Report on the administration of the Government Cinchona Department 1892-98
Year: 1892
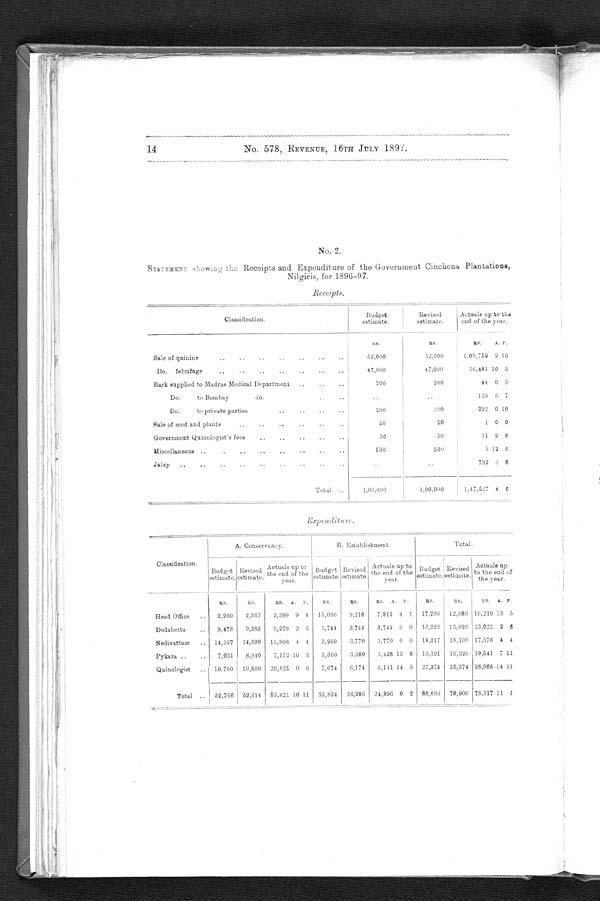
1 4 . N o . 5 7 8
, R E V E N U E , 1 6 T H J U L Y 1 8 9 7.
No. 2.
STATEMENT Showing the Receipts and Expenditure of the Government Cinchona Plantations,
Nilgiris, for 1896-97.
Receipts.
Classification.
Budget
estimate.
Revised
estimate.
Actuals up to the
end of the year.
RB.
RS.
Rs.
A. Y.
Sale of quinine..
..
..
..
52,000 52,000
1,09,759 9 10
Do. febrifuge .
.
.
..
..
..
47,000
47,000
36,481 10 5
Bark supplied to Madras Medical Department
..
..
..
200
200
41 0 0
Do. to Bombay
do.
..
..
..
..
139 5 7
Do. to private parties
..
..
..
..
200
200
292 0 10
Sale of seed and plants.. ..
..
..
50
50
1 0 0
Government Quinologist ' s fees
..
.
..
..
50
50
11 9 8
Miscellaneous ..
..
..
..
..
..
..
..
500
500
5 12 6
Jalap
..
..
..
.. ..
..
..
..
..
..
..
792 3 8
Total ..
1,00,000
1,00.000
1,47,527 4 6
E x p e n d i t u r e .
A. Conservancy.
B. Establishment.
Total.
Classification.
Budget
estimate.
Revised
estimate.
Actuals up to
the end of the
year.
Budget
estimate.
Revised
estimate.
Actuals up to
the end of the
year.
Budget
estimate.
Revised
e s t i m a t e .
Actuals up
to the end of
the year.
Rs.
Rs.
Rs. A. P.
Rs,
Rs.
Rs. A. P.
Rs.
Rs.
Rs. A. p.
Head Office
..
2,200
2,262
2,399 9 4
15,096
9,218
7,811 4 1
17,296
12,080 10,210 13 5
Dodabetta
..
9,478
9,282
9,278 2 6
3,744
3,744
3,744 0 0
13,222
13,026 13,022 2 6
Nedivattam
..
14,357
14,330
13,806 4 4
3,960
3,770
3.770 0 0 , 18,317 18,100 17,576 4 4
Pykara ..
..
7,031
6,940
7,112 10 3
3,360
3,380
3 , 4 2 8
1 3
8 10,391
10,320 10,541 7 11
Quinologist
..
19,700
19,800
20,825 0 6
7,674
6,174
6 , 1 4 1 1 4
5 27,374
25,374 26,966 14 11
Total ..
52,766
52,614
53,421 10 11
33,834
26,286
24,896 0 2
86,600
78,900 78,317 11 1